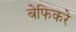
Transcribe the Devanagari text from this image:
बेफिकरे